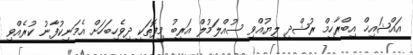
އައްޝައިޚް އިބްރާހީމް ރުޝްދީ ލިޔުއްވި ސުއްލަމުލް އަރީބު މިފޮތަކީ ދިވެހިބަހަށް އެމަނިކުފާނު ކުރެއްވި